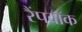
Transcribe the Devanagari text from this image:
रैंपवॉक